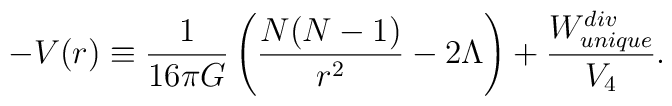
-V(r)\equiv {1\over 16\pi G}\left({N(N-1)\over r^2}-2\Lambda\right)+{W_{unique}^{div}\over V_4}.